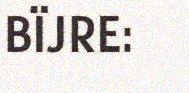
BÏJRE: